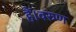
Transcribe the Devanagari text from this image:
हैं।वरुण